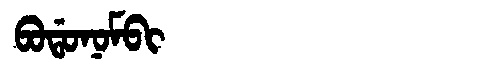
Manchu: ᠪᠣᡩᠣᠨᠣᠮᠪᡳ
Romanization: BODONOMBI